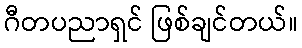
ဂီတပညာရှင် ဖြစ်ချင်တယ်။